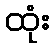
ထုံး